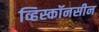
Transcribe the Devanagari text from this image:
व्हिस्कॉनसीन